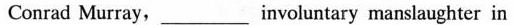
Conrad Murray,___involuntary manslaughter in